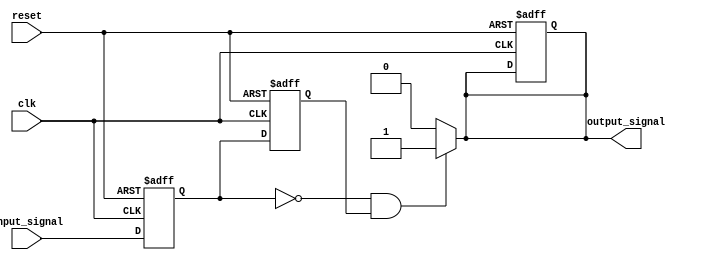
module falling_edge_detector (
    input wire clk,               // Clock signal
    input wire reset,             // Reset signal
    input wire input_signal,      // Input signal to detect falling edge
    output reg output_signal       // Output signal indicating falling edge
);

    // Internal signals to hold the current and previous states
    reg current_state;            // FF1: Current state of input_signal
    reg previous_state;           // FF2: Previous state of input_signal

    // Sequential logic for capturing input states on clock edge
    always @(posedge clk or posedge reset) begin
        if (reset) begin
            // Reset the states and output
            current_state <= 1'b0;
            previous_state <= 1'b0;
            output_signal <= 1'b0;
        end else begin
            // Update the previous state with the current state
            previous_state <= current_state;
            // Capture the current state of the input signal
            current_state <= input_signal;
        end
    end

    // Combinational logic to detect falling edge
    always @(*) begin
        if (current_state == 1'b0 && previous_state == 1'b1) begin
            output_signal = 1'b1;  // Falling edge detected
        end else begin
            output_signal = 1'b0;  // No falling edge
        end
    end

endmodule